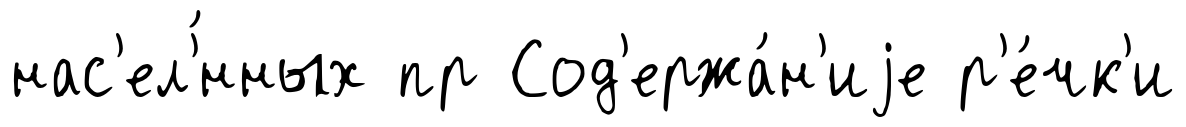
нас'ел'́нных пр Сод'ержа́н'иjе р'е́чк'и